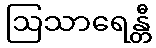
ဩသာရေန္တီ